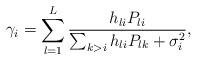
LaTeX: \begin{align*}\gamma_i = \sum_{l=1}^L\frac{h_{li} P_{li}}{\sum_{k>i} h_{li} P_{lk} + \sigma_i^2},\end{align*}